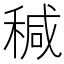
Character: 𥠆